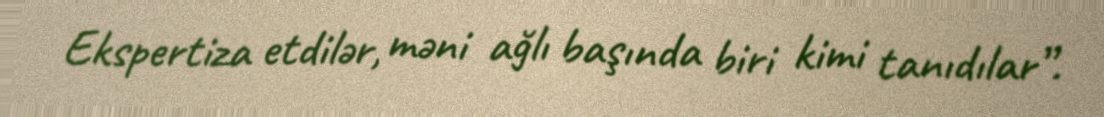
Ekspertiza etdilər, məni ağlı başında biri kimi tanıdılar”.